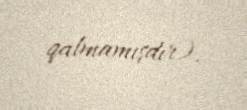
qalmamışdır).